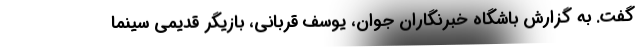
گفت. به گزارش باشگاه خبرنگاران جوان، یوسف قربانی، بازیگر قدیمی سینما